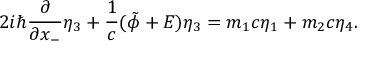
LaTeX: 2 i { \hbar } \frac { \partial } { \partial x _ { - } } { \eta } _ { 3 } + \frac { 1 } { c } ( \tilde { \phi } + E ) { \eta } _ { 3 } = m _ { 1 } c { \eta } _ { 1 } + m _ { 2 } c { \eta } _ { 4 } .